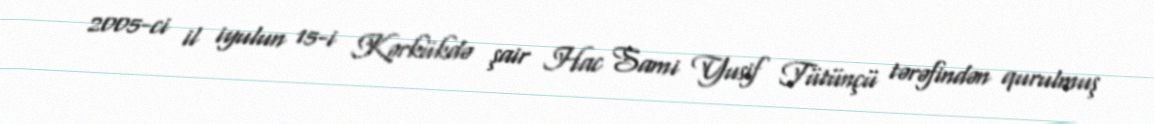
2005-ci il iyulun 15-i Kərkükdə şair Hac Sami Yusif Tütünçü tərəfindən qurulmuş